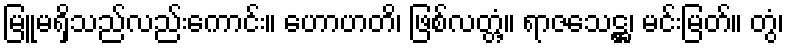
မြူမရှိသည်လည်းကောင်း။ ဟောဟတိ၊ ဖြစ်လတ္တံ့။ ရာဇသေဋ္ဌ၊ မင်းမြတ်။ တွံ၊